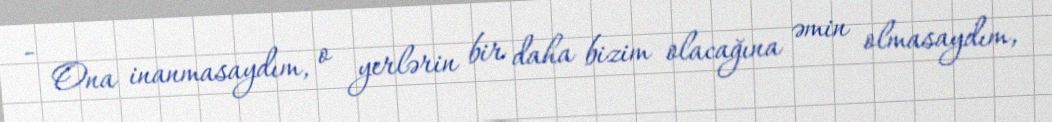
- Ona inanmasaydım, o yerlərin bir daha bizim olacağına əmin olmasaydım,